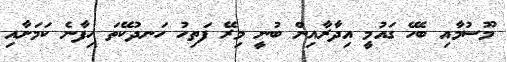
މޫސުމާއި ބެހޭ ގައުމީ އިދާރާއިން ބުނީ މިރޭ ފަތިހު ހަނދުކޭތަ ހިފާނެ ކަމަށާއި